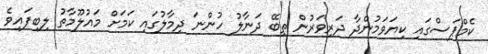
ކެމްޕަސްގައި ކިޔަވަމުންދާ ދަރިވަރުން ތިބޭ ދަނާލު ހުންނަ ދިމާލުގައި ކަމަށް މައުލޫމާތު ލިބިފައިވެ